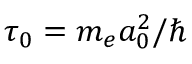
\tau _ { 0 } = m _ { e } a _ { 0 } ^ { 2 } / \hbar